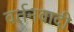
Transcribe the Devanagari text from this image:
वर्तनवादी